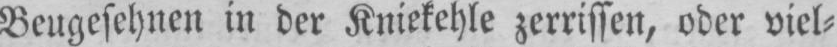
Beugesehnen in der Kniekehle zerrissen, oder viel⸗